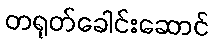
တရုတ်ခေါင်းဆောင်